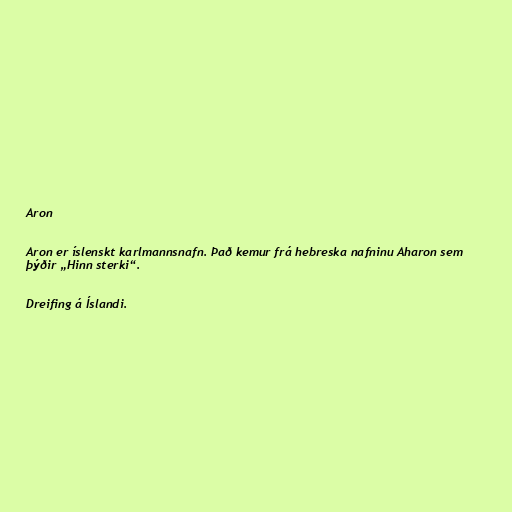
Aron

Aron er íslenskt karlmannsnafn. Það kemur frá hebreska nafninu Aharon sem
þýðir „Hinn sterki“.

Dreifing á Íslandi.